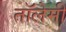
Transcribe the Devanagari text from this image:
तॉलेमी